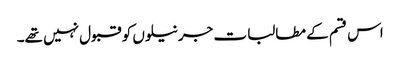
اس قسم کے مطالبات جرنیلوں کو قبول نہیں تھے۔